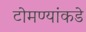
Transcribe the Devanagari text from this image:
टोमण्यांकडे